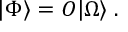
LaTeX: | \Phi \rangle = { \cal O } | \Omega \rangle \; .